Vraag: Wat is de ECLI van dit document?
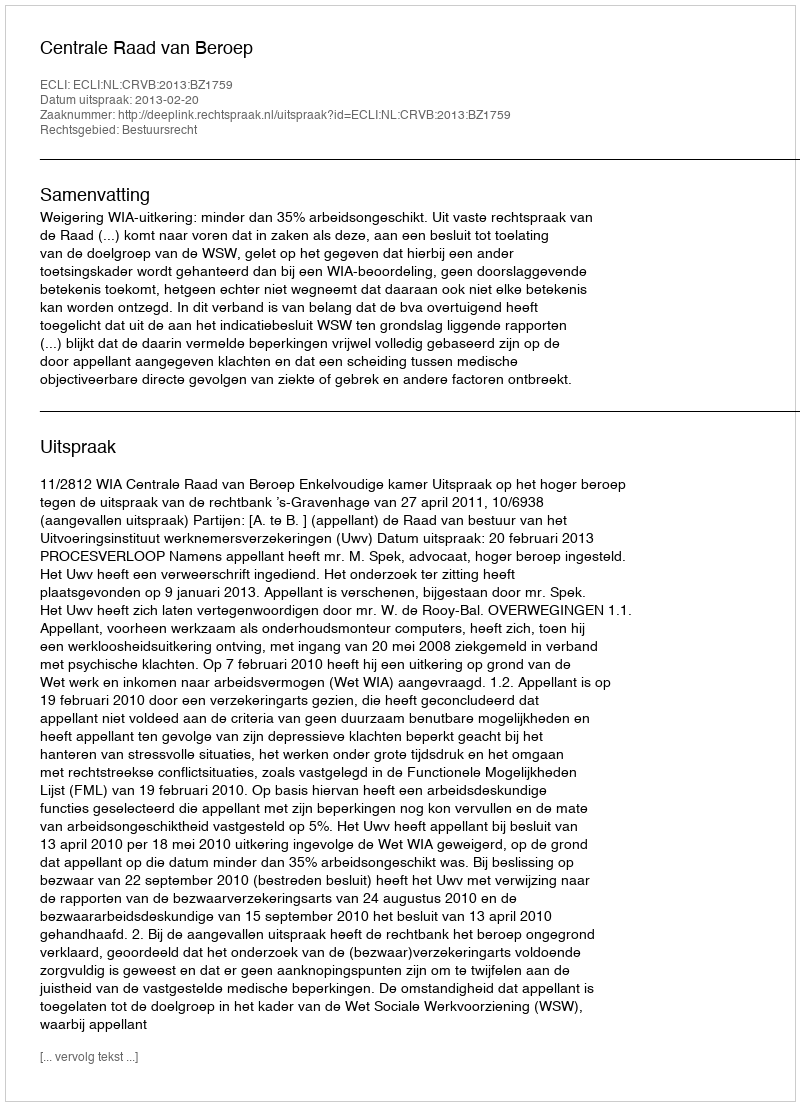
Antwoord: ECLI:NL:CRVB:2013:BZ1759